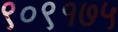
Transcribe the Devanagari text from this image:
९०९१७५